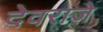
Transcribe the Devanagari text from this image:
देवराजे